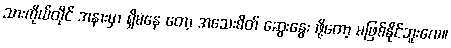
သားကိုယ်တိုင် အနားမှာ ရှိမနေ တော့ အသေးစိတ် ဆွေးနွေး ဖို့တော့ မဖြစ်နိုင်ဘူးလေ။